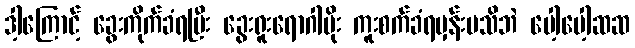
ဒါ့ကြောင့် ခွေးကိုက်ခံရပြီး ခွေးရူးရောဂါပိုး ကူးစက်ခံရမှန်းမသိဘဲ ပေါ့ပေါ့ဆဆ